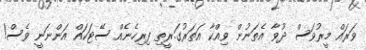
ވަރައް މީރުވަސް ދުވާ އެތަނުން ވިއްކާ އަތަރުގަ.ރީތި ފިރިހެނެއް ސޭޓަކައް އަންނަނީ ވެސް!